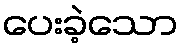
ပေးခဲ့သော